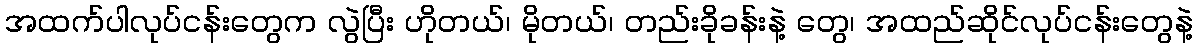
အထက်ပါလုပ်ငန်းတွေက လွဲပြီး ဟိုတယ်၊ မိုတယ်၊ တည်းခိုခန်းနဲ့ တွေ၊ အထည်ဆိုင်လုပ်ငန်းတွေနဲ့